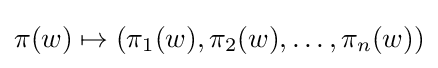
\pi (w)\mapsto (\pi _{1}(w),\pi _{2}(w),\ldots ,\pi _{n}(w))